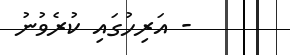
- އަރިހުގައި ކުރެވުނު